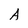
Character: A